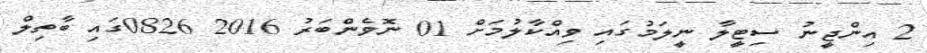
2 އިންޖީނު ސިޓީލާ ނީލަމުގައި ވިއްކާލުމަށް 01 ނޮވެންބަރު 2016 0826ގައި ބާތިލް